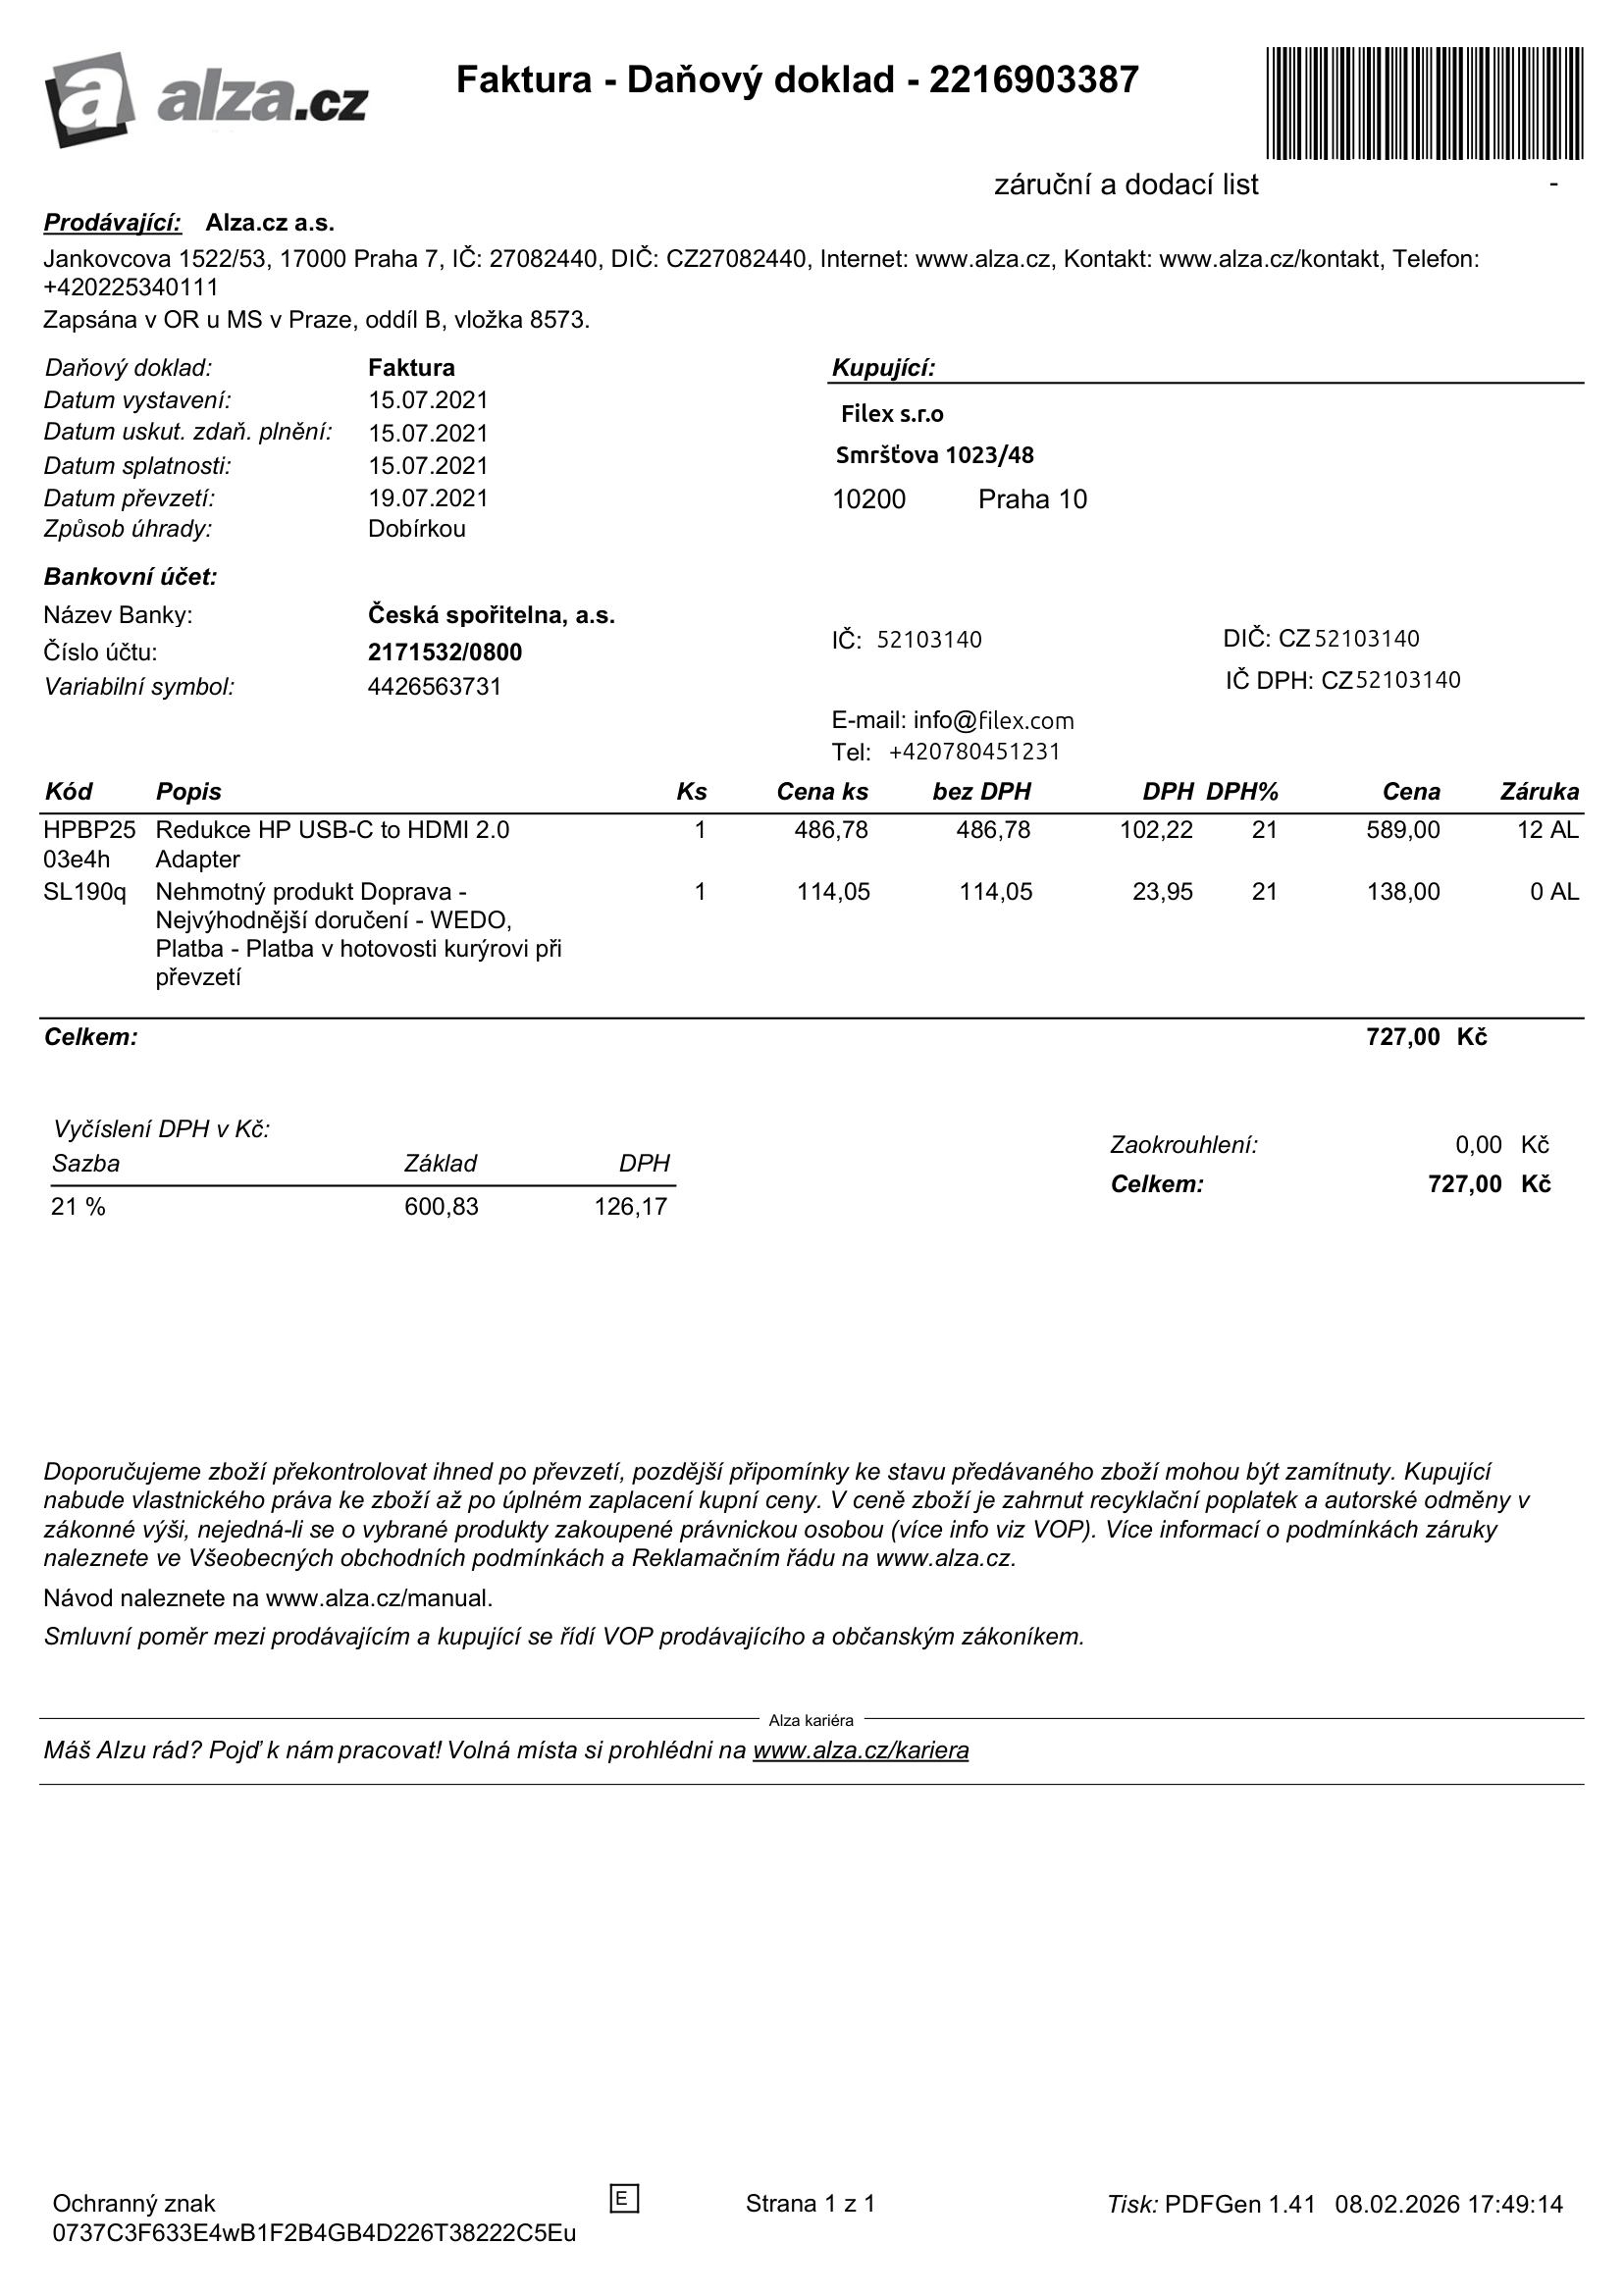
invoice_number: 2216903387
supp_register_id: 27082440
supp_tax_id: CZ27082440
cust_register_id: 52103140
cust_tax_id: CZ52103140
issue_date: 15.07.2021
taxable_supply_date: 15.07.2021
due_date: 15.07.2021
payment_type: Dobírkou
bank_account_number: 2171532/0800
variable_symbol: 4426563731
total: 727,00